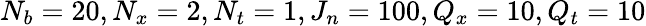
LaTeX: N_{b}=20,N_{x}=2,N_{t}=1,J_{n}=100,Q_{x}=10,Q_{t}=10